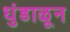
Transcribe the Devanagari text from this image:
धुंडाळून